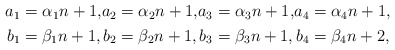
\begin{align*}\begin{alignedat}{4}a_1&=\alpha_1n+1, &a_2&=\alpha_2n+1, &a_3&=\alpha_3n+1, &a_4&=\alpha_4n+1,\\b_1&=\beta_1n+1, &b_2&=\beta_2n+1, &b_3&=\beta_3n+1, &b_4&=\beta_4n+2,\end{alignedat}\end{align*}